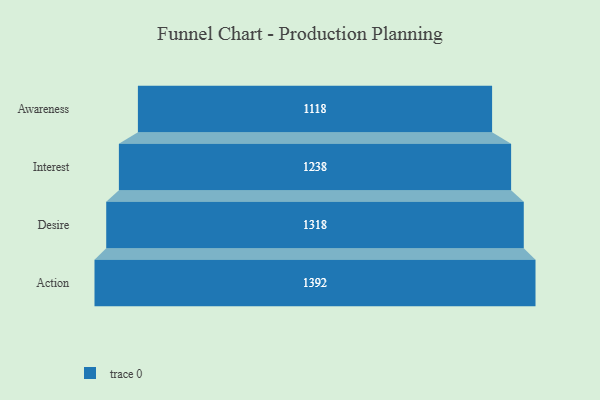
{"axis": {"x": "Stage", "y": "Value"}, "legend": [""], "data": [{"x": "Awareness", "y": 1118.0, "type": ""}, {"x": "Interest", "y": 1238.0, "type": ""}, {"x": "Desire", "y": 1318.0, "type": ""}, {"x": "Action", "y": 1392.0, "type": ""}]}